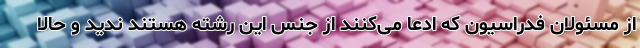
از مسئولان فدراسیون که ادعا می‌کنند از جنس این رشته هستند ندید و حالا